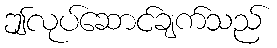
ဤလုပ်ဆောင်ချက်သည်